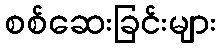
စစ်ဆေးခြင်းများ